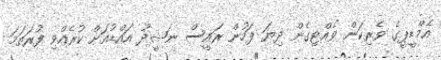
އެމްޑީޕީގެ ވެރިކަން ވެއްޓިގެން ދިޔަ ފަހުން ރައީސް ނަޝީދު އައްޑުއަށް ކުރެއްވި ފުރަތަމަ